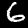
Digit: 6